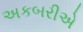
અકબરીએ